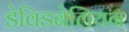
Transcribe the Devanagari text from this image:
डेविडबेलियन